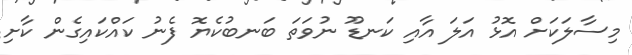
މިސާލަކަށް އޮޅު އަލަ އާއި ކަނޑޫ ނުވަތަ ބަނބުކެޔޮ ފެނު ކައްކައިގެން ކާށި